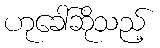
ဟုခေါ်ဆိုသည့်